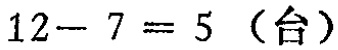
\(12 - 7 = 5\)（台）